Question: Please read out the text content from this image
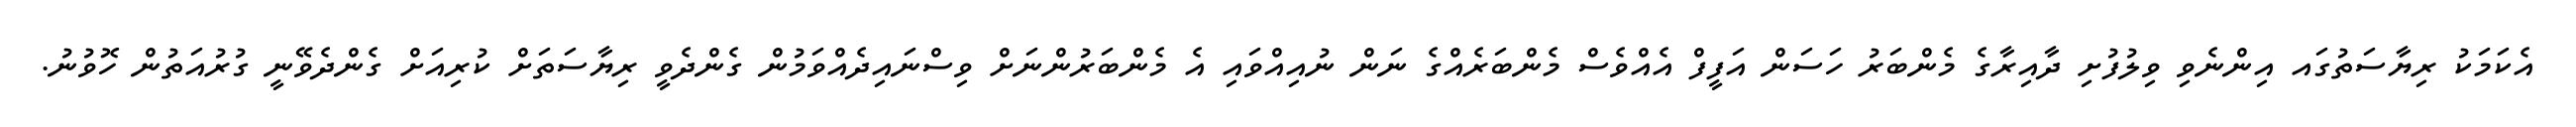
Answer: އެކަމަކު ރިޔާސަތުގައ އިންނެވި ވިލުފުށި ދާއިރާގެ މެންބަރު ހަސަން އަފީފް އެއްވެސް މެންބަރެއްގެ ނަން ނުއިއްވައި އެ މެންބަރުންނަށް ވިސްނައިދެއްވަމުން ގެންދެވީ ރިޔާސަތަށް ކުރިއަށް ގެންދެވޭނީ ގުރުއަތުން ހޮވުނު.